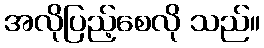
အလိုပြည့်စေလို သည်။